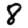
Digit: 8